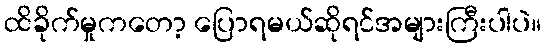
ထိခိုက်မှုကတော့ ပြောရမယ်ဆိုရင်အများကြီးပါပဲ။